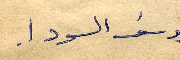
يوسف السودا.